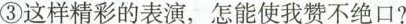
③这样精彩的表演，怎能使我赞不绝口?